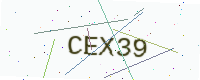
Text: CEX39